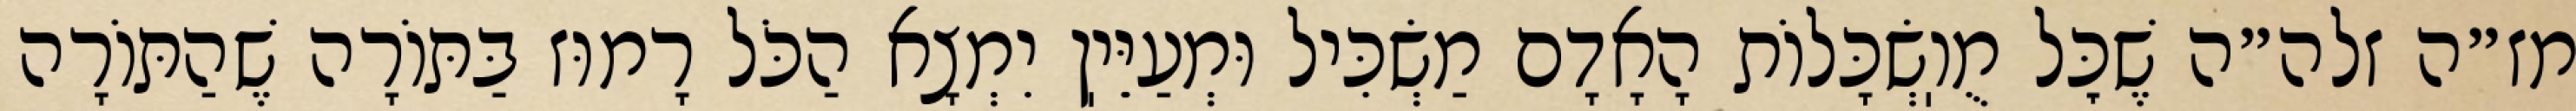
מז״ה זלה״ה שֶׁכׇּל מֻוֽשְׂכָּלוֹת הָאָדָם מַשְׂכִּיל וּמְעַיֵּיֽן יִמְצָא הַכֹּל רָמוּז בַּתּוֹרָה שֶׁהַתּוֹרָה